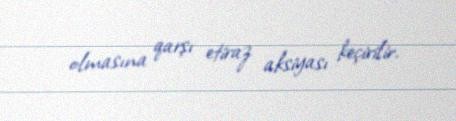
olmasına qarşı etiraz aksiyası keçirilir.